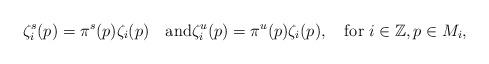
LaTeX: \begin{align*} \zeta_{i}^{s}(p) = \pi^{s} (p)\zeta_{i}(p)\quad\text{and}\zeta_{i}^{u} (p) = \pi^{u}(p)\zeta_{i}(p), \quad\text{for }i \in\mathbb{Z}, p \in M_{i} ,\end{align*}